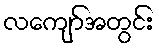
လကျော်အတွင်း